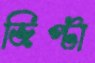
জিপ্টা